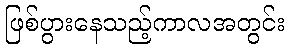
ဖြစ်ပွားနေသည့်ကာလအတွင်း